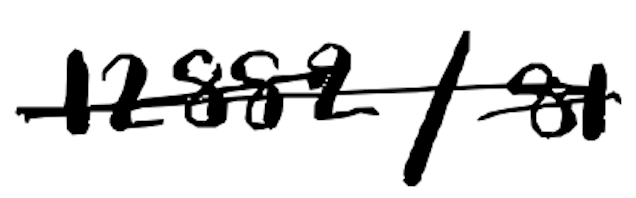
Text: 12882/81
Cross-out: single-line
Writing tool: digital_black